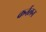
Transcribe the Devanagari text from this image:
कर्नलन